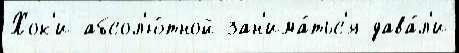
Хок'и абсол'ю́тной зан'има́тьс'я дава́л'и